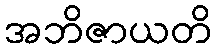
အဘိဇာယတိ